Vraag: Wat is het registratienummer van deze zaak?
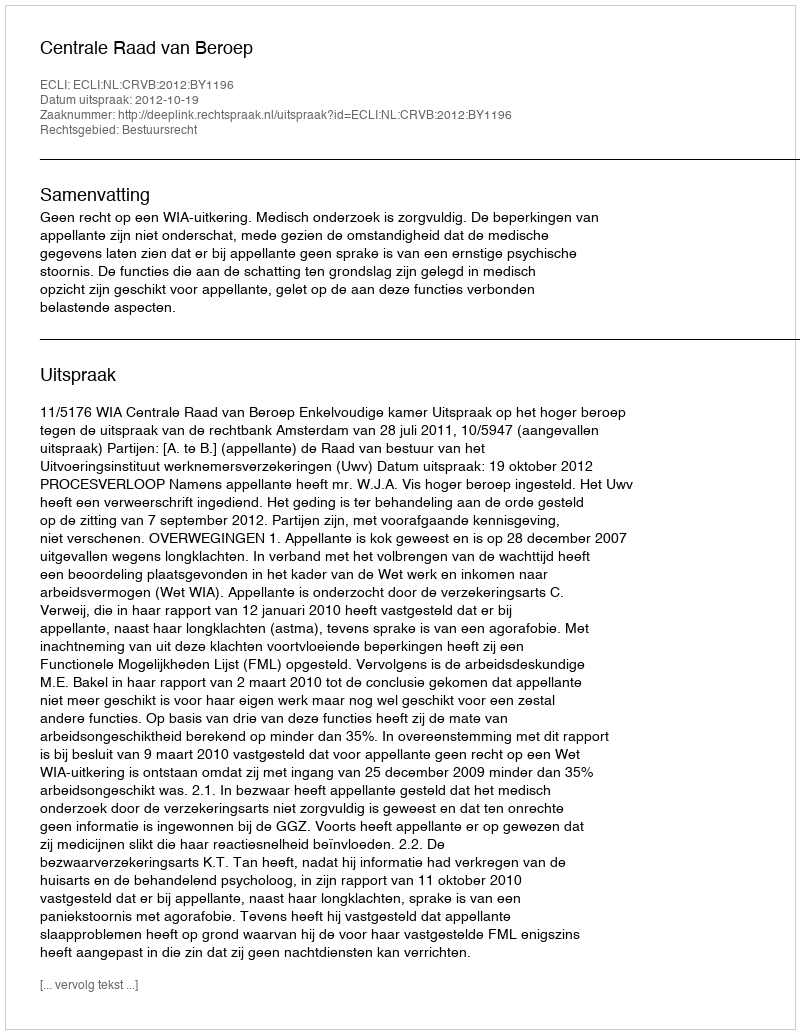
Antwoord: http://deeplink.rechtspraak.nl/uitspraak?id=ECLI:NL:CRVB:2012:BY1196